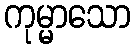
ကုမ္မာသော